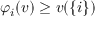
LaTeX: \varphi _ { i } ( v ) \geq v ( \{ i \} )